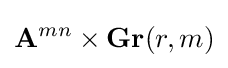
\mathbf {A} ^{mn}\times \mathbf {Gr} (r,m)